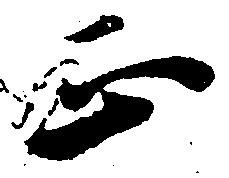
正